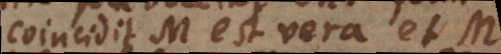
Coincidunt: L est vera, et: